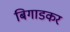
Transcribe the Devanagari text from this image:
बिगाडकर